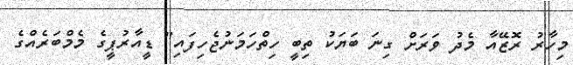
މިހާރު ރޮޒޭއާ މެދު ވަރަށް ގިނަ ބަޔަކު ތިބީ ހިތްހަމަނުޖެހިފައި" ޑީއާރުޕީގެ މެމްބަރެއްގެ